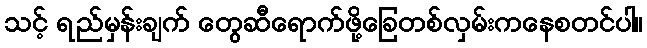
သင့် ရည်မှန်းချက် တွေဆီရောက်ဖို့ခြေတစ်လှမ်းကနေစတင်ပါ။